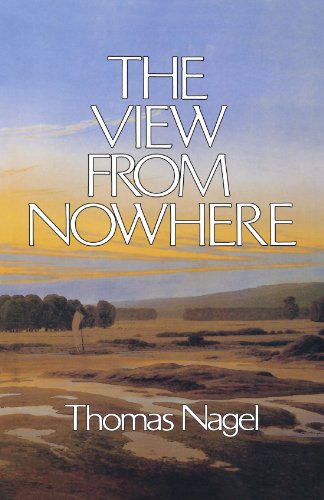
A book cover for The View From Nowhere; Thomas Nagel; Politics & Social Sciences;